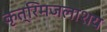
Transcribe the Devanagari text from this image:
कृत्रिमजलाशय